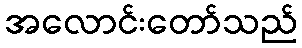
အလောင်းတော်သည်